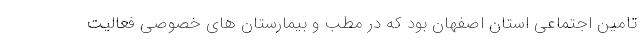
تامین اجتماعی استان اصفهان بود که در مطب و بیمارستان های خصوصی فعالیت